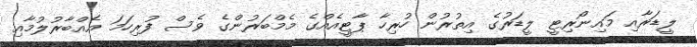
ލީޑަރާއި މައިނޯރިޓީ ލީޑަރުގެ އިތުރުން ހުރިހާ ޕާޓީއެއްގެ މެމްބަރުންގެ ވެސް ފުރިހަމަ އެއްބާރުލުމާއި